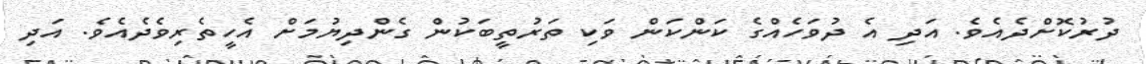
ދުރުކޮށްދެއެވެ. އަދި އެ ދުވަހެއްގެ ކަންކަން ވަކި ތަރުތީބަކުން ގެންދިޔުމަށް އެހީތެރިވެދެއެވެ. އަދި